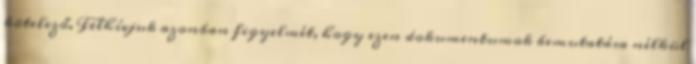
kötelező. Felhívjuk azonban figyelmét, hogy ezen dokumentumok bemutatása nélkül